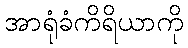
အာရုံခံကိရိယာကို